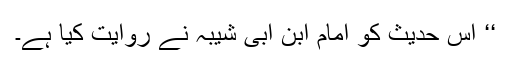
‘‘ اس حدیث کو امام ابنِ ابی شیبہ نے روایت کیا ہے۔